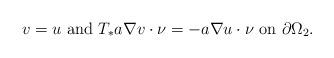
LaTeX: \begin{align*}v = u \mbox{ and } T_*a \nabla v \cdot \nu = - a \nabla u \cdot \nu \mbox{ on } \partial \Omega_2.\end{align*}